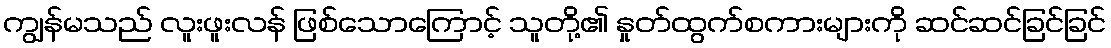
ကျွန်မသည် လူးဖူးလန် ဖြစ်သောကြောင့် သူတို့၏ နှုတ်ထွက်စကားများကို ဆင်ဆင်ခြင်ခြင်